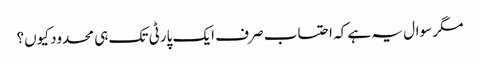
مگر سوال یہ ہے کہ احتساب صرف ایک پارٹی تک ہی محدود کیوں؟